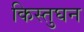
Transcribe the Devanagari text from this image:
किस्तुघन